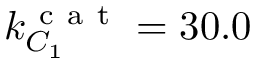
k _ { C _ { 1 } } ^ { \mathrm { ~ c ~ a ~ t ~ } } = 3 0 . 0